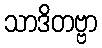
သာဒိတဗ္ဗာ